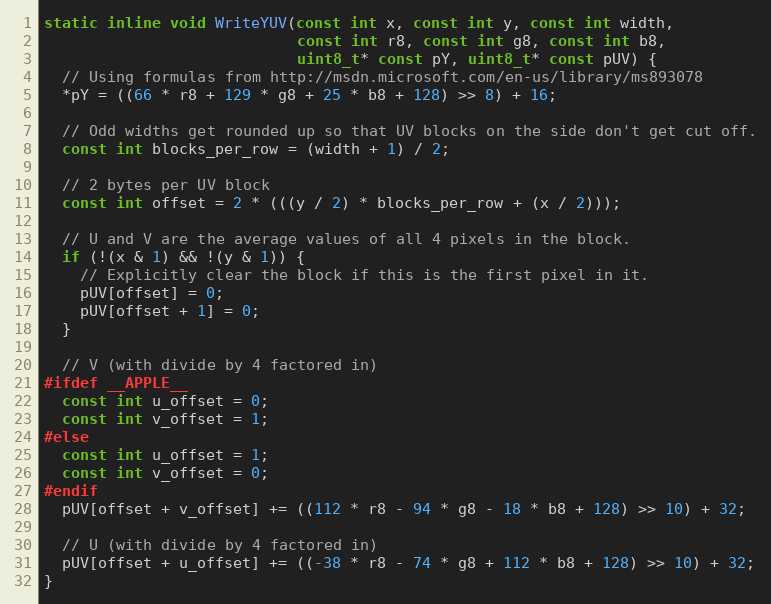
Language: C++
static inline void WriteYUV(const int x, const int y, const int width,
                            const int r8, const int g8, const int b8,
                            uint8_t* const pY, uint8_t* const pUV) {
  // Using formulas from http://msdn.microsoft.com/en-us/library/ms893078
  *pY = ((66 * r8 + 129 * g8 + 25 * b8 + 128) >> 8) + 16;

  // Odd widths get rounded up so that UV blocks on the side don't get cut off.
  const int blocks_per_row = (width + 1) / 2;

  // 2 bytes per UV block
  const int offset = 2 * (((y / 2) * blocks_per_row + (x / 2)));

  // U and V are the average values of all 4 pixels in the block.
  if (!(x & 1) && !(y & 1)) {
    // Explicitly clear the block if this is the first pixel in it.
    pUV[offset] = 0;
    pUV[offset + 1] = 0;
  }

  // V (with divide by 4 factored in)
#ifdef __APPLE__
  const int u_offset = 0;
  const int v_offset = 1;
#else
  const int u_offset = 1;
  const int v_offset = 0;
#endif
  pUV[offset + v_offset] += ((112 * r8 - 94 * g8 - 18 * b8 + 128) >> 10) + 32;

  // U (with divide by 4 factored in)
  pUV[offset + u_offset] += ((-38 * r8 - 74 * g8 + 112 * b8 + 128) >> 10) + 32;
}